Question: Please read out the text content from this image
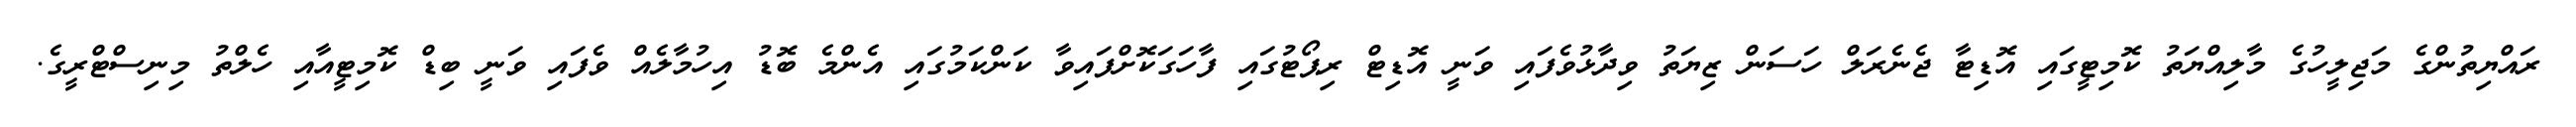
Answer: ރައްޔިތުންގެ މަޖިލީހުގެ މާލިއްޔަތު ކޮމިޓީގައި އޮޑިޓާ ޖެނެރަލް ހަސަން ޒިޔަތު ވިދާޅުވެފައި ވަނީ އޮޑިޓް ރިޕޯޓުގައި ފާހަގަކޮށްފައިވާ ކަންކަމުގައި އެންމެ ބޮޑު އިހުމާލެއް ވެފައި ވަނީ ބިޑް ކޮމިޓީއާއި ހެލްތު މިނިސްޓްރީގެ.